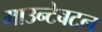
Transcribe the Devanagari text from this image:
माउन्टेबटन